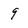
Character: 9